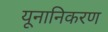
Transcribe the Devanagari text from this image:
यूनानिकरण